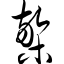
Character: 檠